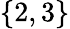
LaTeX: \{ 2,3\}